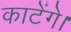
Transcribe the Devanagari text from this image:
काटेंगे।